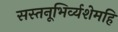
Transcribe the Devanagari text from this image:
सस्तनूभिर्व्यशेमहि